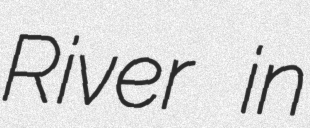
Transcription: River in